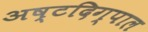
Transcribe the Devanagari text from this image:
अष्टदिग्पाल